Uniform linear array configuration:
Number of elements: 16
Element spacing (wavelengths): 0.5
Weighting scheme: kaiser
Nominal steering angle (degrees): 45
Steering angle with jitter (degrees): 43.76
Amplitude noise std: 0.05
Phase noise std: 0.05

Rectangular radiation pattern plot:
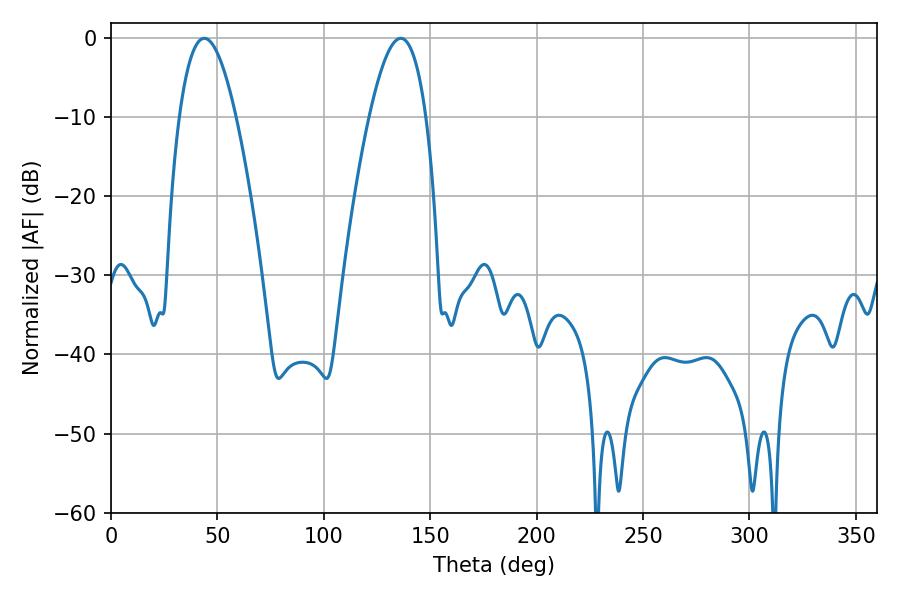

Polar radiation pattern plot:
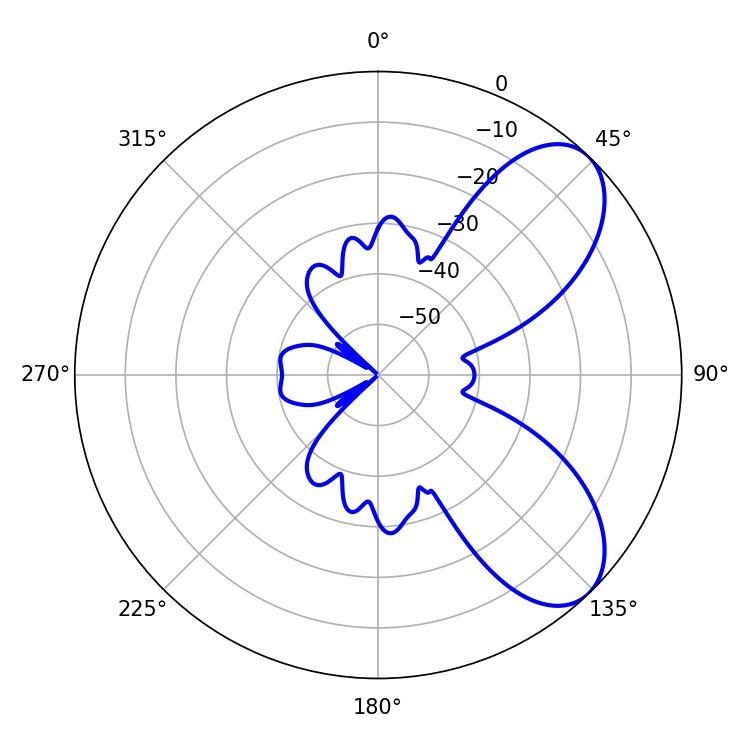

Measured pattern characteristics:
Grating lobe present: FALSE
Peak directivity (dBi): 7.169
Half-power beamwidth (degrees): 14.58
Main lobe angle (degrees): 43.92